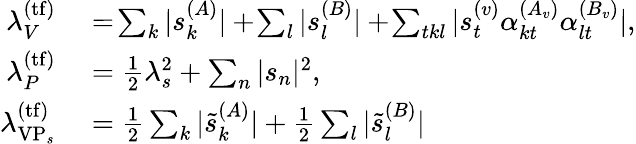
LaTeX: \begin{array}{rl}{\lambda_{V}^{(\mathrm{tf})}}&{{}=\! \sum_{k}|s_{k}^{(A)}|+\! \sum_{l}|s_{l}^{(B)}|+\! \sum_{tkl}|s_{t}^{(v)}\alpha_{kt}^{(A_{v})}\alpha_{lt}^{(B_{v})}|,}\\ {\lambda_{P}^{(\mathrm{tf})}}&{{}=\frac{1}{2}\lambda_{s}^{2}+\sum_{n}|s_{n}|^{2},}\\ {\lambda_{\mathrm{VP}_{s}}^{(\mathrm{tf})}}&{{}=\frac{1}{2}\sum_{k}|\tilde{s}_{k}^{(A)}|+\frac{1}{2}\sum_{l}|\tilde{s}_{l}^{(B)}|}\end{array}